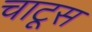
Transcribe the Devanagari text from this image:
चाटूस